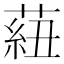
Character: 𦶆